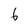
Character: 6